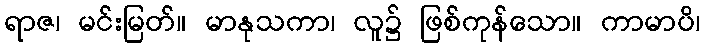
ရာဇ၊ မင်းမြတ်။ မာနုသကာ၊ လူ၌ ဖြစ်ကုန်သော။ ကာမာပိ၊